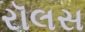
રૉલસ